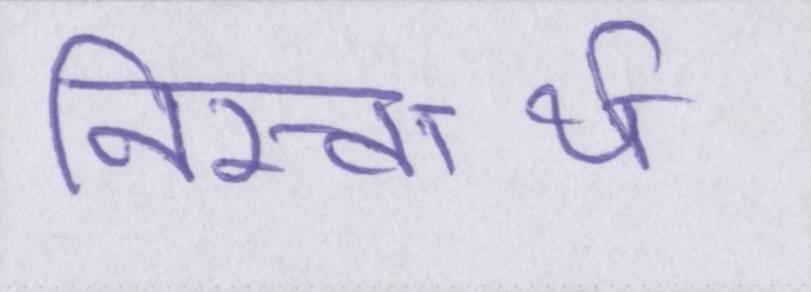
निस्वार्थ